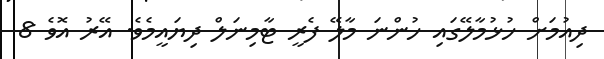
ދިއުމަށް ހުޅުމާލޭގައި ހުންނަ މާލޭ ފެރީ ޓާމިނަލް ދިޔައީމެވެ. އޭރު އޮވެ 8